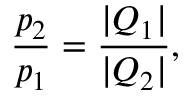
\frac { p _ { 2 } } { p _ { 1 } } = \frac { | Q _ { 1 } | } { | Q _ { 2 } | } ,